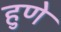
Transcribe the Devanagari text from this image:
हुणे